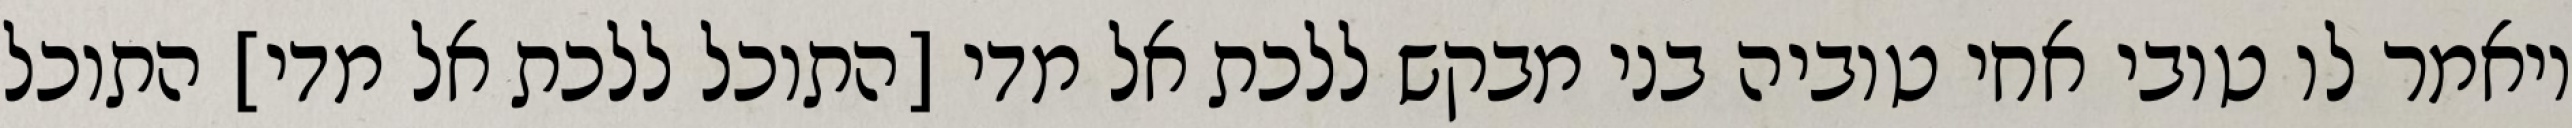
ויאמר לו טובי אחי טוביה בני מבקש ללכת אל מדי [התוכל ללכת אל מדי] התוכל